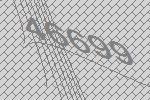
46699